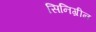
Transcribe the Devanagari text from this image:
सिनिग्रीन